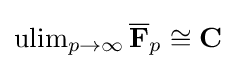
\operatorname {ulim} _{p\to \infty }{\overline {\mathbf {F} }}_{p}\cong \mathbf {C}